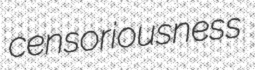
censoriousness